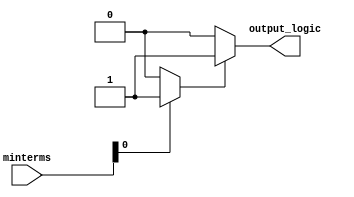
module PrimeImplicant (
    input wire [3:0] minterms,        // A 4-bit input for identifying minterms
    output reg output_logic           // The simplified Boolean function output
);
  
    // Temporary storage for identified prime implicants
    reg [15:0] implicants;            // Maximum 16 implicants for 4-input (2^4)
    integer i, j;
    
    // Function to identify prime implicants from minterms
    always @(*) begin
        // Initialize implicants to zero
        implicants = 0;

        // Example: For simplicity, we manually specify minterms
        if (minterms[0]) implicants[0] = 1;  // Minterm 0
        if (minterms[1]) implicants[1] = 1;  // Minterm 1
        if (minterms[2]) implicants[2] = 1;  // Minterm 2
        if (minterms[3]) implicants[3] = 1;  // Minterm 3
        if (minterms[4]) implicants[4] = 1;  // Minterm 4
        if (minterms[5]) implicants[5] = 1;  // Minterm 5
        if (minterms[6]) implicants[6] = 1;  // Minterm 6
        if (minterms[7]) implicants[7] = 1;  // Minterm 7
        if (minterms[8]) implicants[8] = 1;  // Minterm 8
        if (minterms[9]) implicants[9] = 1;  // Minterm 9
        if (minterms[10]) implicants[10] = 1; // Minterm 10
        if (minterms[11]) implicants[11] = 1; // Minterm 11
        if (minterms[12]) implicants[12] = 1; // Minterm 12
        if (minterms[13]) implicants[13] = 1; // Minterm 13
        if (minterms[14]) implicants[14] = 1; // Minterm 14
        if (minterms[15]) implicants[15] = 1; // Minterm 15
        
        // Prime Implicant selection logic goes here
        // For demonstration, we will just consider some simple logic here.
        output_logic = 0;
        for (i = 0; i < 16; i = i + 1) begin
            // Simple logic to sum some implicants as an example
            if (implicants[i]) begin
                output_logic = output_logic | (1 << i); // Generate output from implicants
            end
        end
    end
endmodule